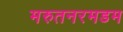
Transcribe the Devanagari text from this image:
मरुतनरमडम